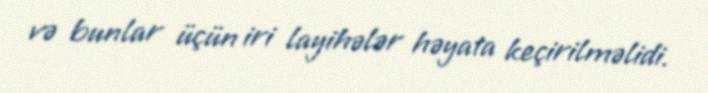
və bunlar üçün iri layihələr həyata keçirilməlidi.